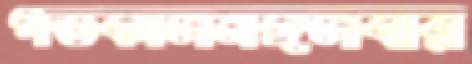
গতকালমঙ্গলবার